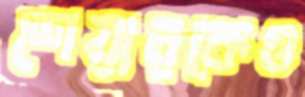
শেয়ারকেও